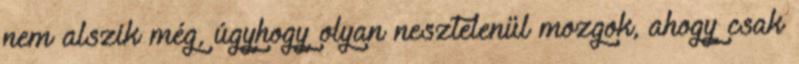
nem alszik még, úgyhogy olyan nesztelenül mozgok, ahogy csak